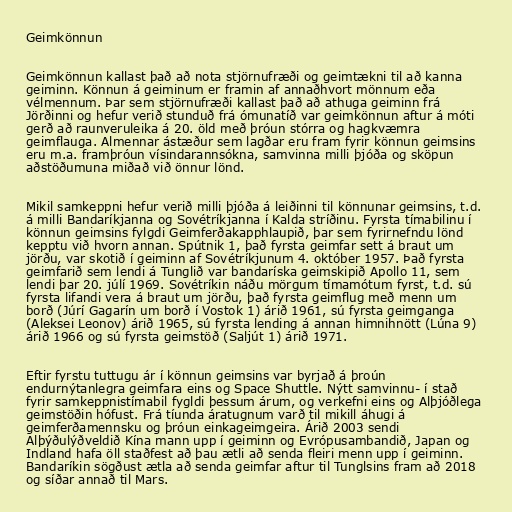
Geimkönnun

Geimkönnun kallast það að nota stjörnufræði og geimtækni til að kanna
geiminn. Könnun á geiminum er framin af annaðhvort mönnum eða
vélmennum. Þar sem stjörnufræði kallast það að athuga geiminn frá
Jörðinni og hefur verið stunduð frá ómunatíð var geimkönnun aftur á móti
gerð að raunveruleika á 20. öld með þróun stórra og hagkvæmra
geimflauga. Almennar ástæður sem lagðar eru fram fyrir könnun geimsins
eru m.a. framþróun vísindarannsókna, samvinna milli þjóða og sköpun
aðstöðumuna miðað við önnur lönd.

Mikil samkeppni hefur verið milli þjóða á leiðinni til könnunar geimsins, t.d.
á milli Bandaríkjanna og Sovétríkjanna í Kalda stríðinu. Fyrsta tímabilinu í
könnun geimsins fylgdi Geimferðakapphlaupið, þar sem fyrirnefndu lönd
kepptu við hvorn annan. Spútnik 1, það fyrsta geimfar sett á braut um
jörðu, var skotið í geiminn af Sovétríkjunum 4. október 1957. Það fyrsta
geimfarið sem lendi á Tunglið var bandaríska geimskipið Apollo 11, sem
lendi þar 20. júlí 1969. Sovétríkin náðu mörgum tímamótum fyrst, t.d. sú
fyrsta lifandi vera á braut um jörðu, það fyrsta geimflug með menn um
borð (Júrí Gagarín um borð í Vostok 1) árið 1961, sú fyrsta geimganga
(Aleksei Leonov) árið 1965, sú fyrsta lending á annan himnihnött (Lúna 9)
árið 1966 og sú fyrsta geimstöð (Saljút 1) árið 1971.

Eftir fyrstu tuttugu ár í könnun geimsins var byrjað á þroún
endurnýtanlegra geimfara eins og Space Shuttle. Nýtt samvinnu- í stað
fyrir samkeppnistímabil fygldi þessum árum, og verkefni eins og Alþjóðlega
geimstöðin hófust. Frá tíunda áratugnum varð til mikill áhugi á
geimferðamennsku og þróun einkageimgeira. Árið 2003 sendi
Alþýðulýðveldið Kína mann upp í geiminn og Evrópusambandið, Japan og
Indland hafa öll staðfest að þau ætli að senda fleiri menn upp í geiminn.
Bandaríkin sögðust ætla að senda geimfar aftur til Tunglsins fram að 2018
og síðar annað til Mars.